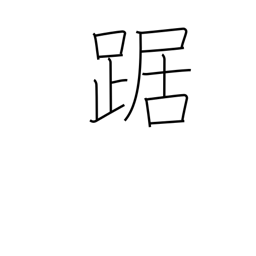
Meaning: cower